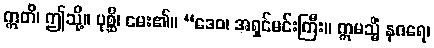
ဣတိ၊ ဤသို့။ ပုစ္ဆိ၊ မေး၏။ “ဒေဝ၊ အရှင်မင်းကြီး။ ဣမသ္မိံ နဂရေ၊